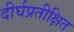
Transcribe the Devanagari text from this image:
दीर्घप्रतीक्षित